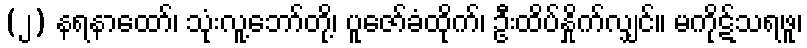
(၂) နရနာထော်၊ သုံးလူ့ဘော်တို့၊ ပူဇော်ခံထိုက်၊ ဦးထိပ်နှိုက်လျှင်။ မကိုဋ်သရဖူ၊